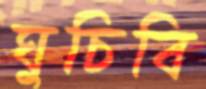
ঘুচিবি